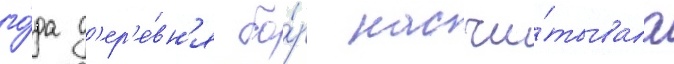
го́да д'ер'е́вн'я бо́р насчи́тывала